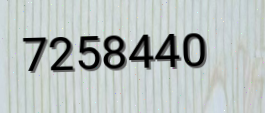
7258440